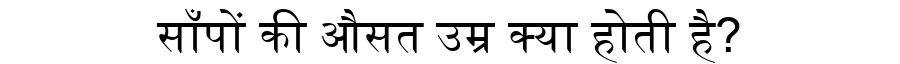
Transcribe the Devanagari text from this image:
साँपों की औसत उम्र क्या होती है?